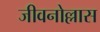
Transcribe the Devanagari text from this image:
जीवनोल्लास